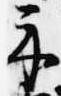
示